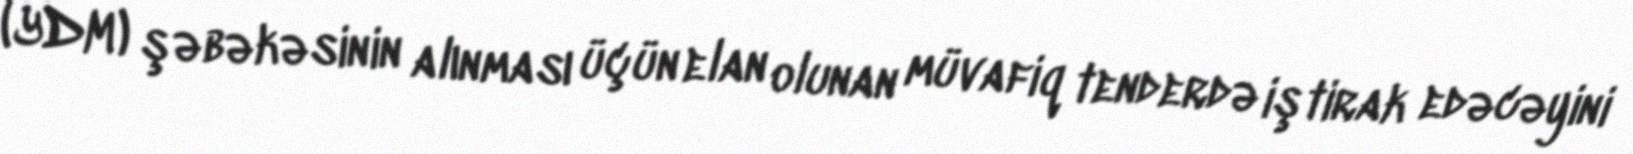
(YDM) şəbəkəsinin alınması üçün elan olunan müvafiq tenderdə iştirak edəcəyini